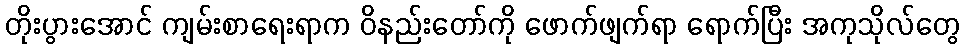
တိုးပွားအောင် ကျမ်းစာရေးရာက ဝိနည်းတော်ကို ဖောက်ဖျက်ရာ ရောက်ပြီး အကုသိုလ်တွေ